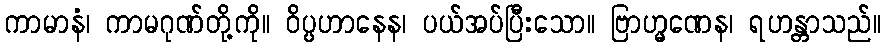
ကာမာနံ၊ ကာမဂုဏ်တို့ကို။ ဝိပ္ပဟာနေန၊ ပယ်အပ်ပြီးသော။ ဗြာဟ္မဏေန၊ ရဟန္တာသည်။